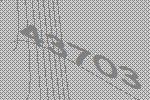
43703